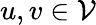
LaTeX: u,v\in\mathcal{V}